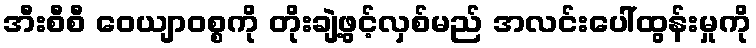
အီးစီစီ ဝေယျာဝစ္စကို တိုးချဲ့ဖွင့်လှစ်မည် အလင်းပေါ်ထွန်းမှုကို